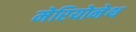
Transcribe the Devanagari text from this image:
मेरियोनेथ